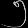
Digit: ၅